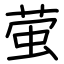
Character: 萤